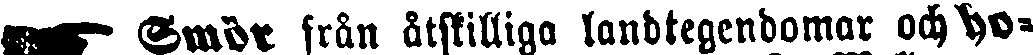
Smör från åtskilliga landtegendomar och ho-